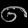
Digit: ၈